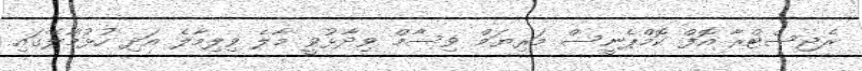
ރެޖިސްޓްރާ އޮފް ކޮމްޕެނީސް މަރިޔަމް ވިސާމް ވިދާޅުވީ މާލެ ވިލިމާލެ އަދި ހުޅުމާލޭގައި